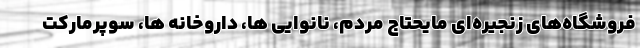
فروشگاه‌های زنجیره‌ای مایحتاج مردم، نانوایی ها، داروخانه ها، سوپرمارکت